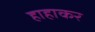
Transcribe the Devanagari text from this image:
हाहाकर